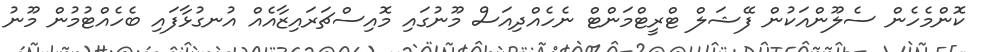
ކޮންމެހެން ސެލޫންއަކުން ފޭޝަލް ޓްރީޓްމަންޓް ނެހެއްދިއަސް މޫނުގައި މޮއިސްޗަރައިޒާއެއް އުނގުޅާފައި ބެހެއްޓުމުން މޫނު